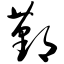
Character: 鄞